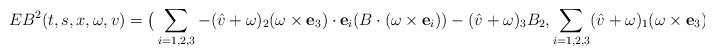
LaTeX: \begin{align*}EB^2(t,s,x ,\omega, v)= \big( \sum_{i=1,2,3} - (\hat{v}+\omega)_2( \omega \times \mathbf{e}_3)\cdot \mathbf{e}_i (B\cdot(\omega \times \mathbf{e}_i))- (\hat{v}+\omega)_3 B_2, \sum_{i=1,2,3} (\hat{v}+\omega)_1( \omega \times \mathbf{e}_3)\cdot \mathbf{e}_i (B\cdot(\omega \times \mathbf{e}_i)) \end{align*}